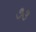
૭૩